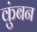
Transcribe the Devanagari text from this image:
कुंबन